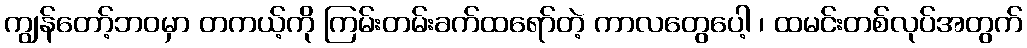
ကျွန်တော့်ဘဝမှာ တကယ့်ကို ကြမ်းတမ်းခက်ထရော်တဲ့ ကာလတွေပေါ့ ၊ ထမင်းတစ်လုပ်အတွက်